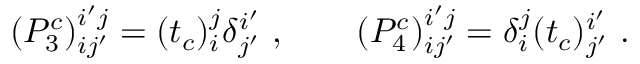
( P _ { 3 } ^ { c } ) _ { i j ^ { \prime } } ^ { i ^ { \prime } j } = ( t _ { c } ) _ { i } ^ { j } \delta _ { j ^ { \prime } } ^ { i ^ { \prime } } ~ , \qquad ( P _ { 4 } ^ { c } ) _ { i j ^ { \prime } } ^ { i ^ { \prime } j } = \delta _ { i } ^ { j } ( t _ { c } ) _ { j ^ { \prime } } ^ { i ^ { \prime } } ~ .